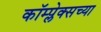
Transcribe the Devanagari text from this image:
कॉम्प्लेक्सच्या